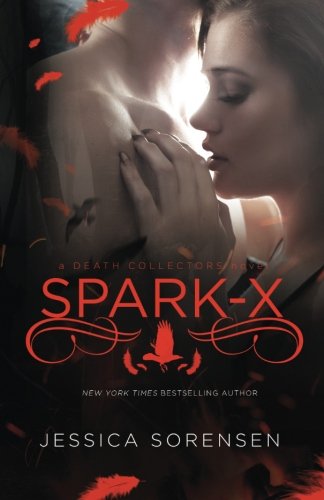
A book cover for Spark X (Death Collectors, #3) (Volume 3); Jessica Sorensen; Science Fiction & Fantasy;